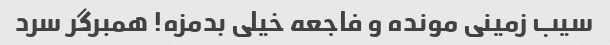
سیب زمینی مونده و فاجعه خیلی بدمزه! همبرگر سرد